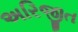
અરિજીત